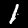
Label: 1